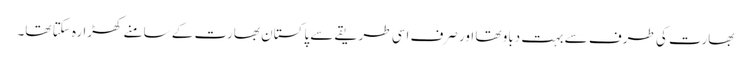
بھارت کی طرف سے بہت دباو تھا اور صرف اسی طریقے سے پاکستان بھارت کے سامنے کھڑا رہ سکتا تھا۔